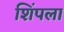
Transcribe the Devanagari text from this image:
शिंपला